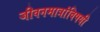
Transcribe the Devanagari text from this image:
जीवनमात्रांविषयी